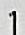
1